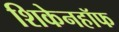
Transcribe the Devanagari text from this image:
शिकेनहॉफ